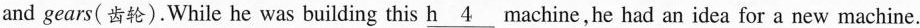
and gears(齿轮). While he was building this \underline{h 4 } machine, he had an idea for a new machine.